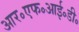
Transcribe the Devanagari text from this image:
आर॰एफ॰आई॰डी॰